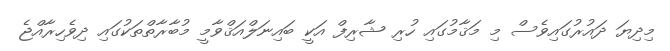
މިދިޔަ ދައުރުގައިވެސް މި މަޤާމުގައި ހުރި ޝާރިފް އަކީ ބައިނަލްއަޤްވާމީ މުބާރާތްތަކުގައި ދިވެހިރާއްޖެ